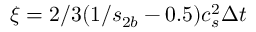
\xi = 2 / 3 ( 1 / { s _ { 2 b } } - 0 . 5 ) c _ { s } ^ { 2 } \Delta t